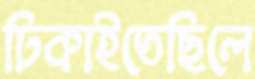
ঢিকাইতেছিলে